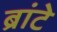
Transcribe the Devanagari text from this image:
ब्रांटे